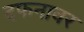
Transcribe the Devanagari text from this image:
दफनावर